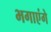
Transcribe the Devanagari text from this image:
भगाएंगे